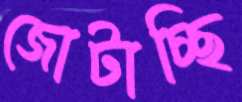
জোটাচ্ছি